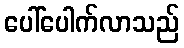
ပေါ်ပေါက်လာသည်